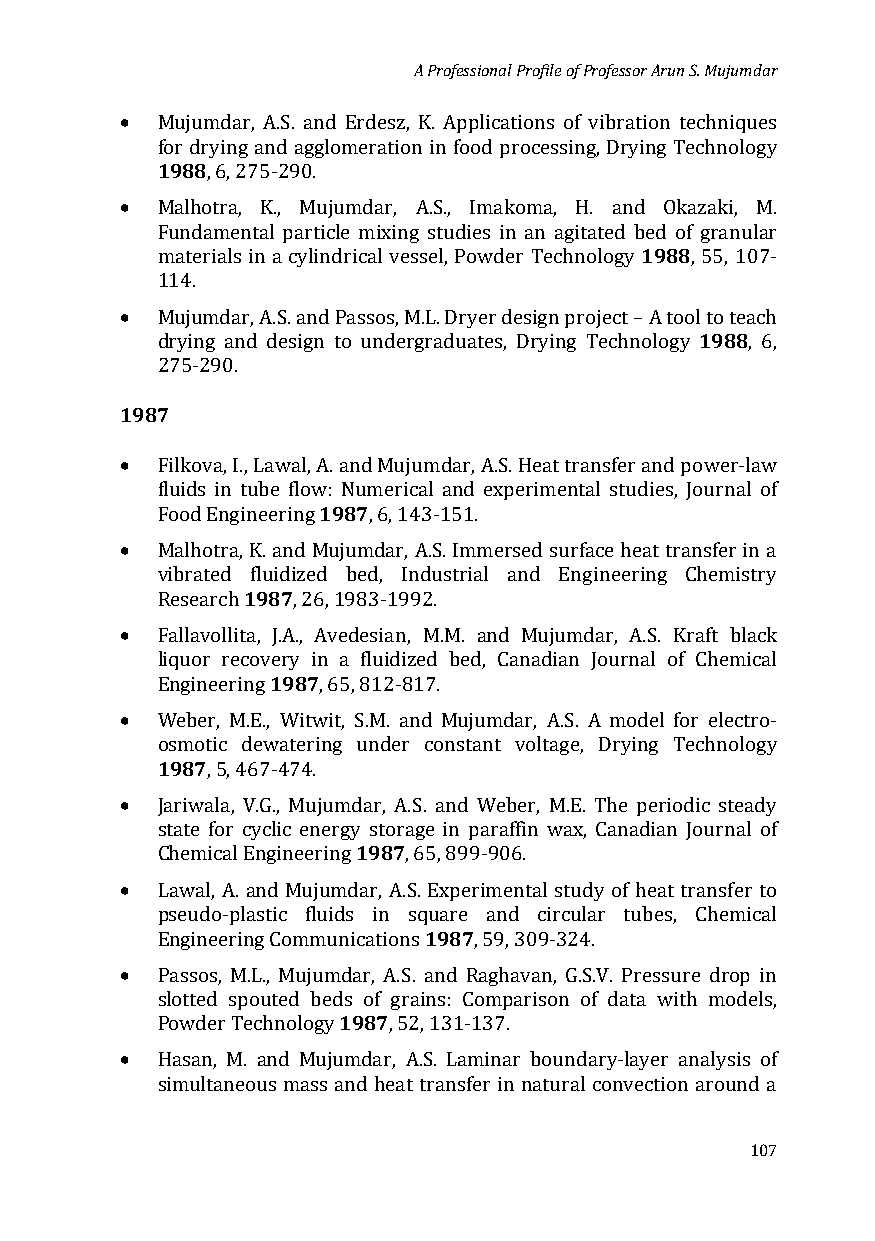
A Professional Profile of Professor Arun S. Mujumdar
 •
 1M9u8ju8mdar, A.S. and Erdesz, K. Applications of vibration techniques
 for drying and agglomeration in food processing, Drying Technology
 •
 , 6, 275-290.
 Malhotra, K., Mujumdar, A.S., Imakoma, H. and1 9O8k8azaki, M.
 Fundamental particle mixing studies in an agitated bed of granular
 materials in a cylindrical vessel, Powder Technology , 55, 107-
 •
 114.
 1988
 Mujumdar, A.S. and Passos, M.L. Dryer design project – A tool to teach
 drying and design to undergraduates, Drying Technology , 6,
 198727 5-290.
 •
 Filkova, I., Lawal, A1.9 a8n7d Mujumdar, A.S. Heat transfer and power-law
 fluids in tube flow: Numerical and experimental studies, Journal of
 •
 Food Engineering , 6, 143-151.
 Malhotra, 1K9. 8a7nd Mujumdar, A.S. Immersed surface heat transfer in a
 vibrated fluidized bed, Industrial and Engineering Chemistry
 •
 Research , 26, 1983-1992.
 Fallavollita, 1J.9A8., 7Avedesian, M.M. and Mujumdar, A.S. Kraft black
 liquor recovery in a fluidized bed, Canadian Journal of Chemical
 •
 Engineering , 65, 812-817.
 W19e8b7er, M.E., Witwit, S.M. and Mujumdar, A.S. A model for electro-
 osmotic dewatering under constant voltage, Drying Technology
 •
 , 5, 467-474.
 Jariwala, V.G., Mujumd1a9r8, 7A.S. and Weber, M.E. The periodic steady
 state for cyclic energy storage in paraffin wax, Canadian Journal of
 •
 Chemical Engineering , 65, 899-906.
 Lawal, A. and Mujumdar, A.S. 1E9x8pe7rimental study of heat transfer to
 pseudo-plastic fluids in square and circular tubes, Chemical
 •
 Engineering Communications , 59, 309-324.
 Passos, M.L., Mujum1d9ar8, 7A.S. and Raghavan, G.S.V. Pressure drop in
 slotted spouted beds of grains: Comparison of data with models,
 •
 Powder Technology , 52, 131-137.
 Hasan, M. and Mujumdar, A.S. Laminar boundary-layer analysis of
 simultaneous mass and heat transfer in natural convection around a
 107